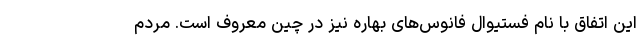
این اتفاق با نام فستیوال فانوس‌های بهاره نیز در چین معروف است. مردم